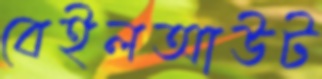
বেইলআউট